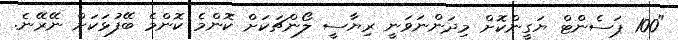
"100 ޕަސެންޓް ޔަގީންކޮށް މިދަންނަވަނީ ރިޔާސީ ލޯންޗަކަށް ކޮންމެ ކޮންމެ ބޭފުޅަކަށް ނޭޭރޭނެ.